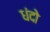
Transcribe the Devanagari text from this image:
धंदो